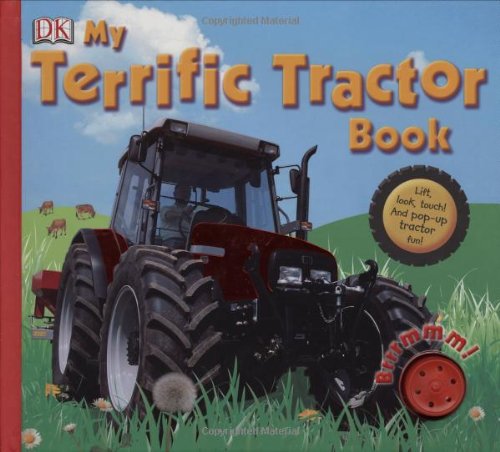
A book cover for My Terrific Tractor Book (Dk My First Books); DK; Children's Books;